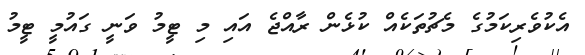
އެކުވެރިކަމުގެ މެޗުތަކެއް ކުޅެން ރާއްޖެ އައި މި ޓީމު ވަނީ ގައުމީ ޓީމު